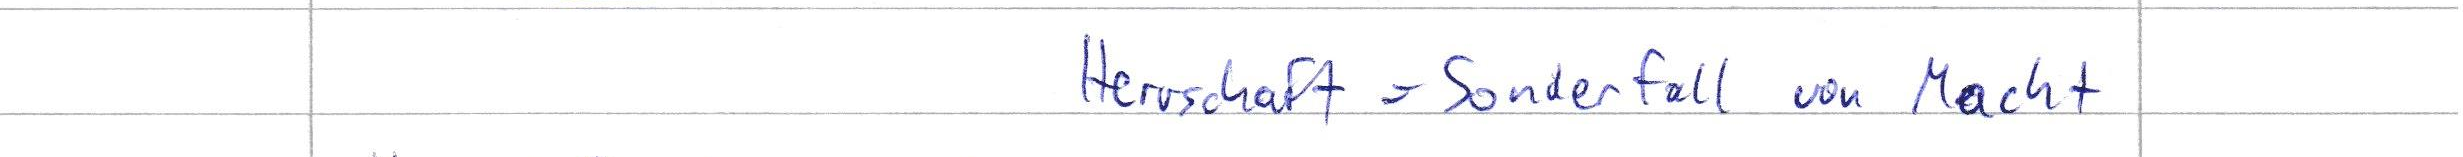
Herrschaft = Sonderfall von Macht